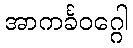
အာကင်္ခဝဂ္ဂေါ